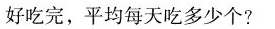
好吃完，平均每天吃多少个?